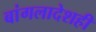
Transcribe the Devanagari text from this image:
बांगलादेशही